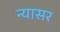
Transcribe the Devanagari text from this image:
न्यासर